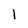
Character: 1